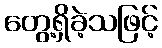
တွေ့ရှိခဲ့သဖြင့်